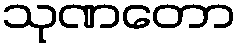
သုဏတော